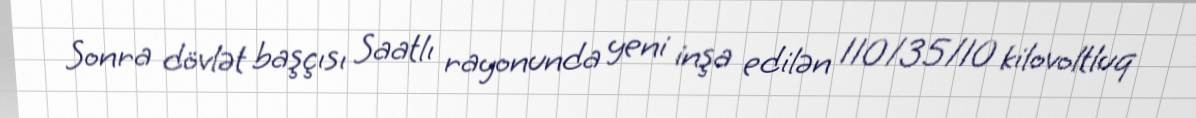
Sonra dövlət başçısı Saatlı rayonunda yeni inşa edilən 110/35/10 kilovoltluq